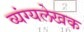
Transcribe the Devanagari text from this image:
व्यंग्यलेखक